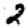
Digit: 2